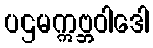
ပဌမဣဗ္ဘဝါဒေါ